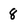
Character: 8